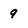
Character: 9